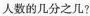
人数的几分之几?